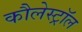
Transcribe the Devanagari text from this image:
कौलेस्ट्रॉल